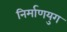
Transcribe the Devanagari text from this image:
निर्माणयुग